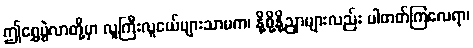
ဤရွှေပွဲလာတို့မှာ လူကြီးလူငယ်များသာမက၊ နို့စို့နို့ညှာများလည်း ပါတတ်ကြလေရာ၊